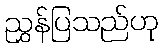
ညွှန်ပြသည်ဟု